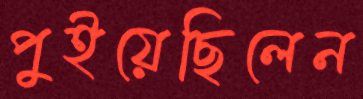
পুইয়েছিলেন